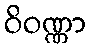
ဝိဝဏ္ဏာ